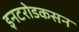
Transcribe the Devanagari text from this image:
इनटरोडकसन